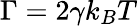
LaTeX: \Gamma=2\gamma k_{B}T